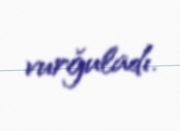
vurğuladı.